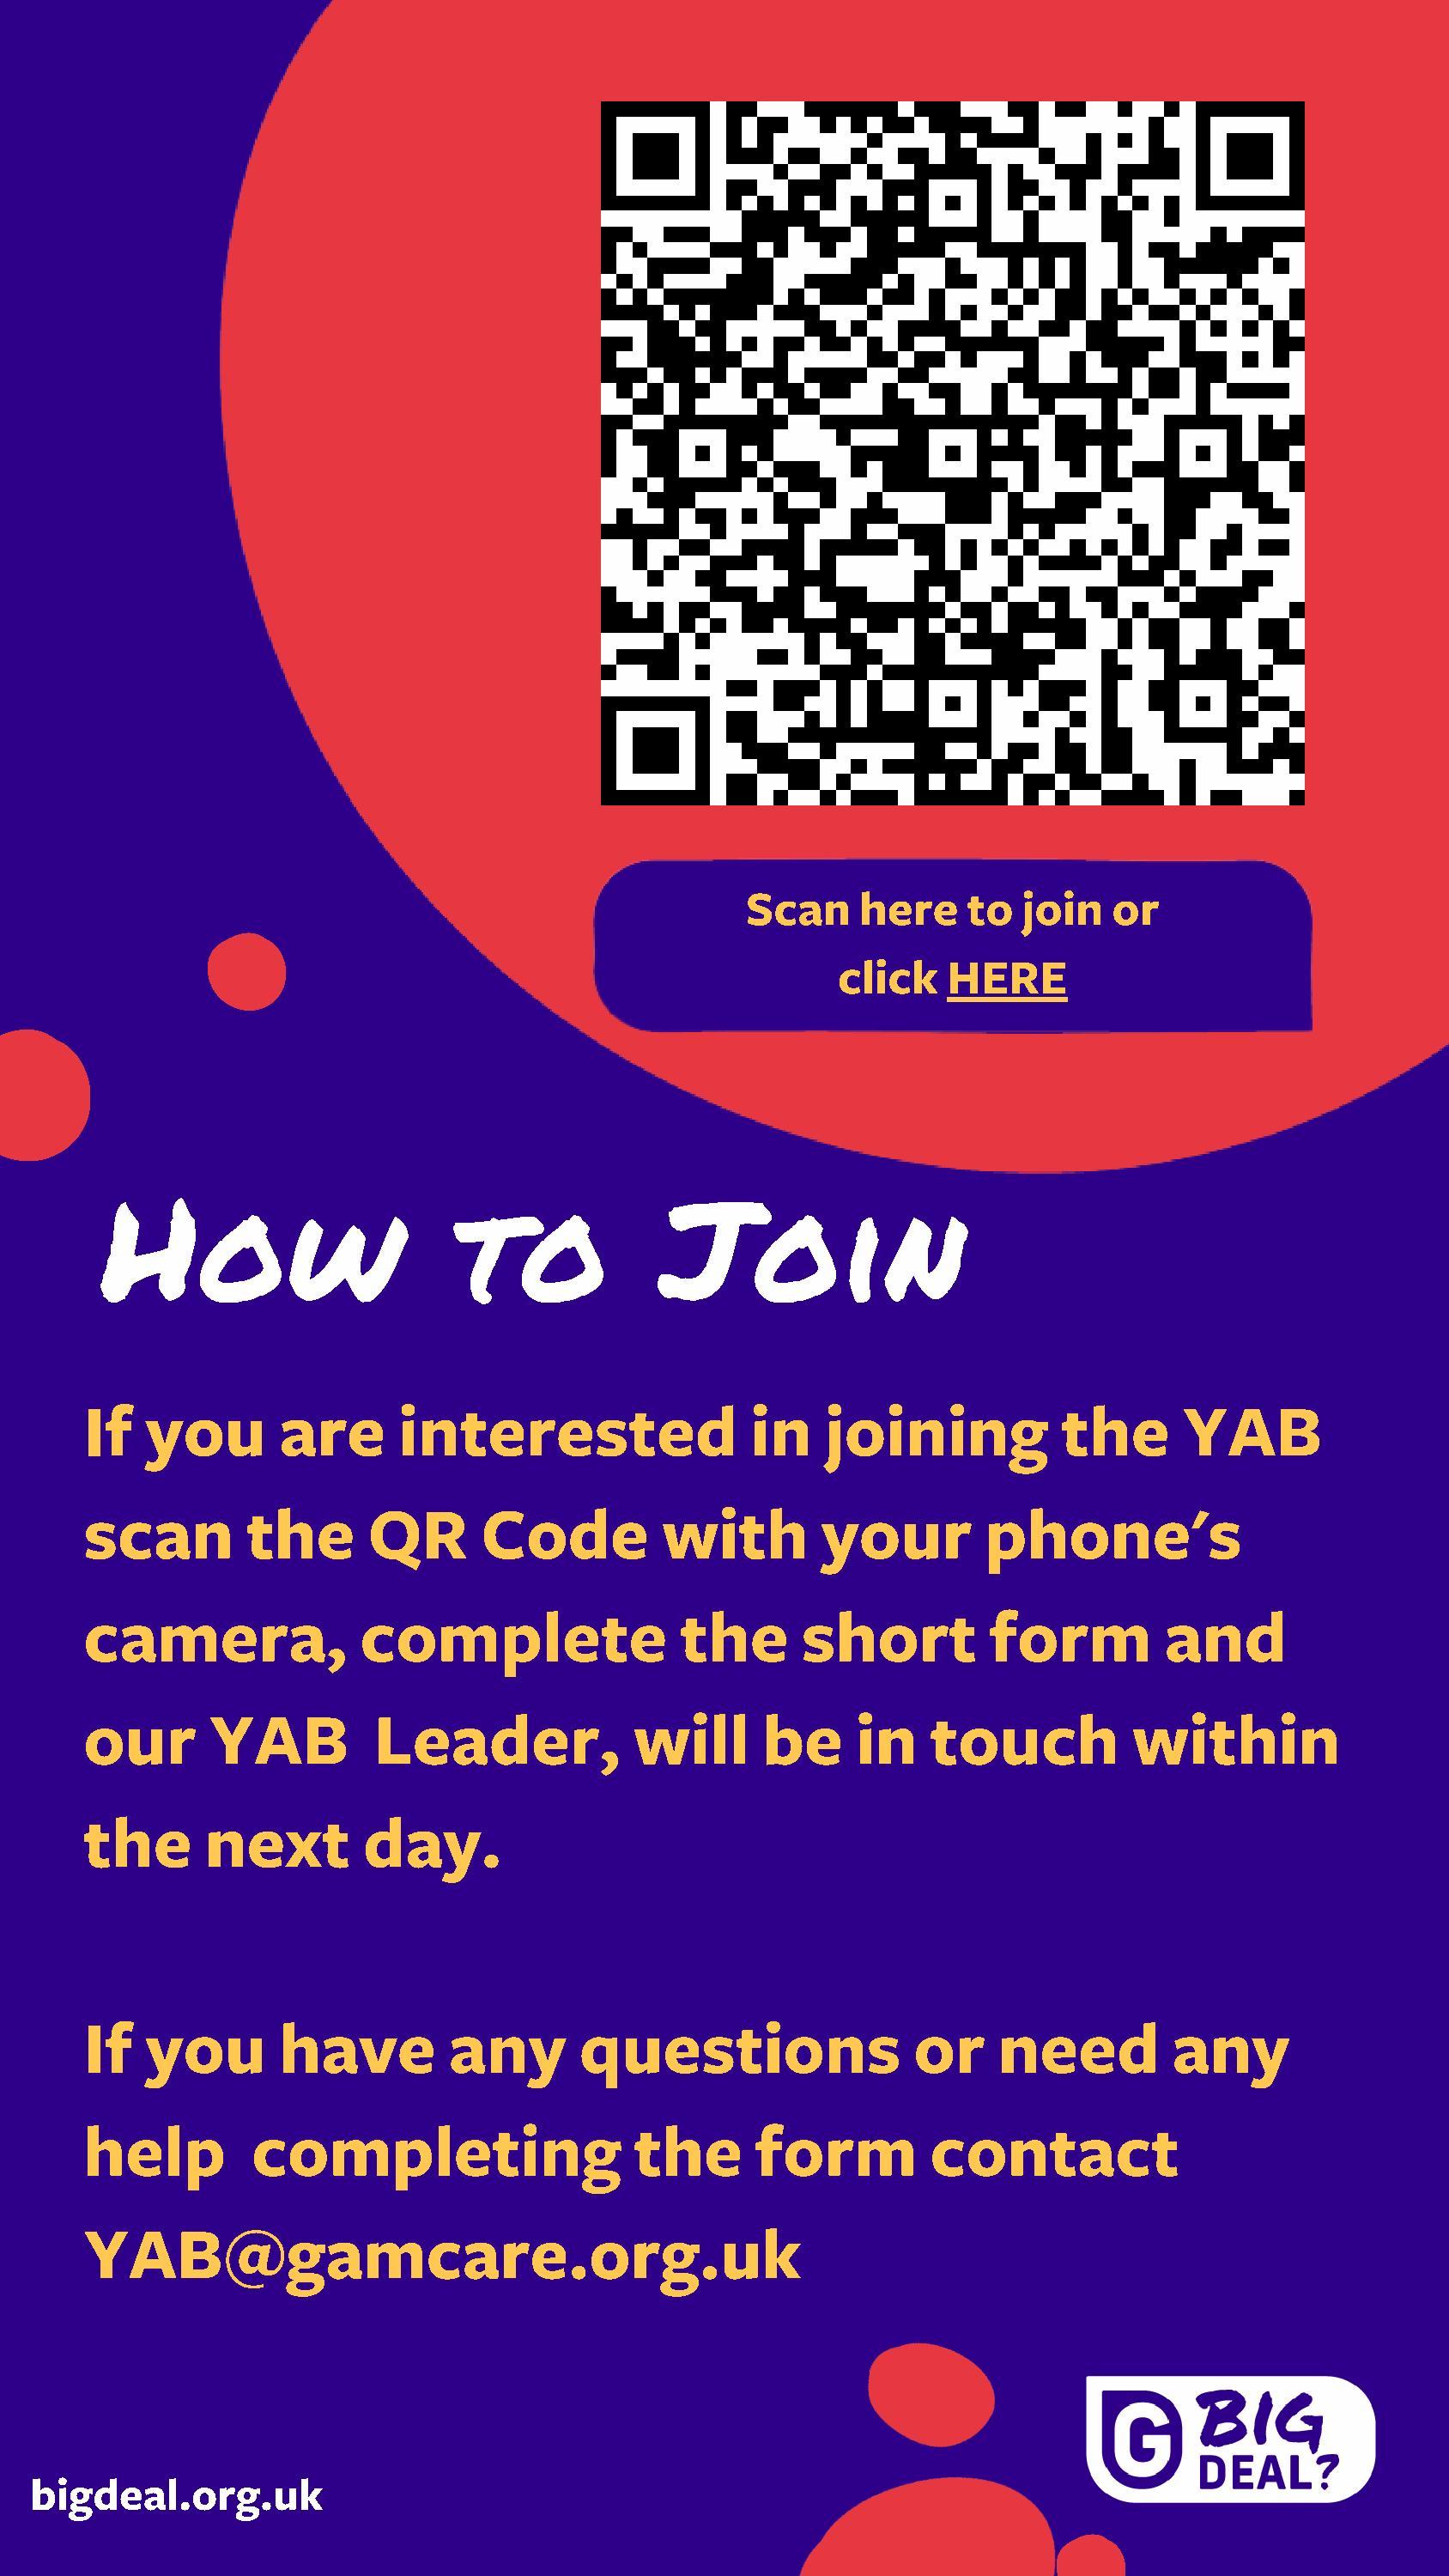
Scan    here     to  join   or
 click   HERE
 How                        to              Join
 If   you        are      interested                 in    joining           the      YAB
 scan         the      QR       Code          with        your         phone's
 camera,               complete                the       short         form          and
 our       YAB          Leader,             will      be     in    touch          within
 the       next        day.
 If   you        have         any       questions                or     need         any
 help         completing                    the      form          contact
 YAB@gamcare.org.uk
 bigdeal.org.uk